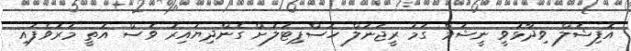
އޮފިޝަލް ވިދާޅުވީ ނީޝަމް ގަމު ރީޖަނަލް ހޮސްޕިޓަލަށް ގެންދިޔައިރު ވެސް އޮތީ މަރުވެފައި